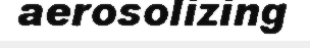
aerosolizing